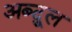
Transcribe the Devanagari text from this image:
अब्दु्ल